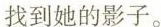
找到她的影子。